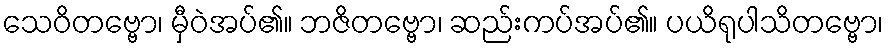
သေဝိတဗ္ဗော၊ မှီဝဲအပ်၏။ ဘဇိတဗ္ဗော၊ ဆည်းကပ်အပ်၏။ ပယိရုပါသိတဗ္ဗော၊